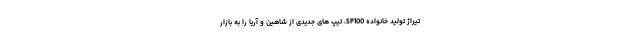
تیراژ تولید خانواده SP100، تیپ های جدیدی از شاهین و آریا را به بازار